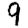
Digit: 9